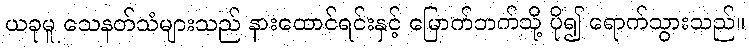
ယခုမူ သေနတ်သံများသည် နားထောင်ရင်းနှင့် မြောက်ဘက်သို့ ပို၍ ရောက်သွားသည်။